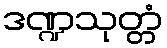
ဒဏ္ဍသုတ္တံ